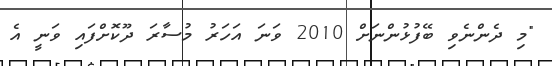
"މި ދެންނެވި ބޭފުޅުންނަށް 2010 ވަނަ އަހަރު މުސާރަ ދޫކޮށްފައި ވަނީ އެ